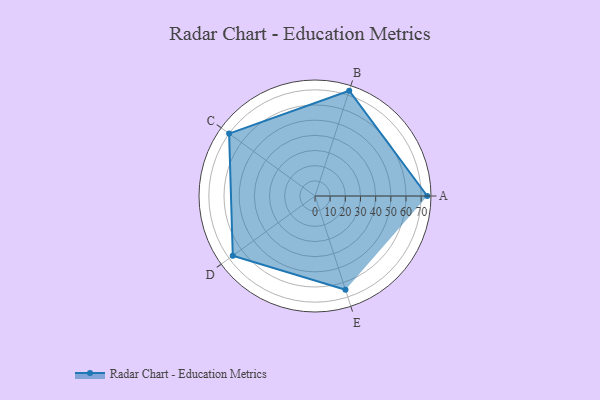
{"axis": {"x": "Skill", "y": "Score"}, "legend": ["Profile"], "data": [{"x": "A", "y": 74.0, "type": "Profile"}, {"x": "B", "y": 73.0, "type": "Profile"}, {"x": "C", "y": 70.0, "type": "Profile"}, {"x": "D", "y": 67.0, "type": "Profile"}, {"x": "E", "y": 65.0, "type": "Profile"}]}